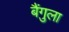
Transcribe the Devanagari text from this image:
बैंगुला